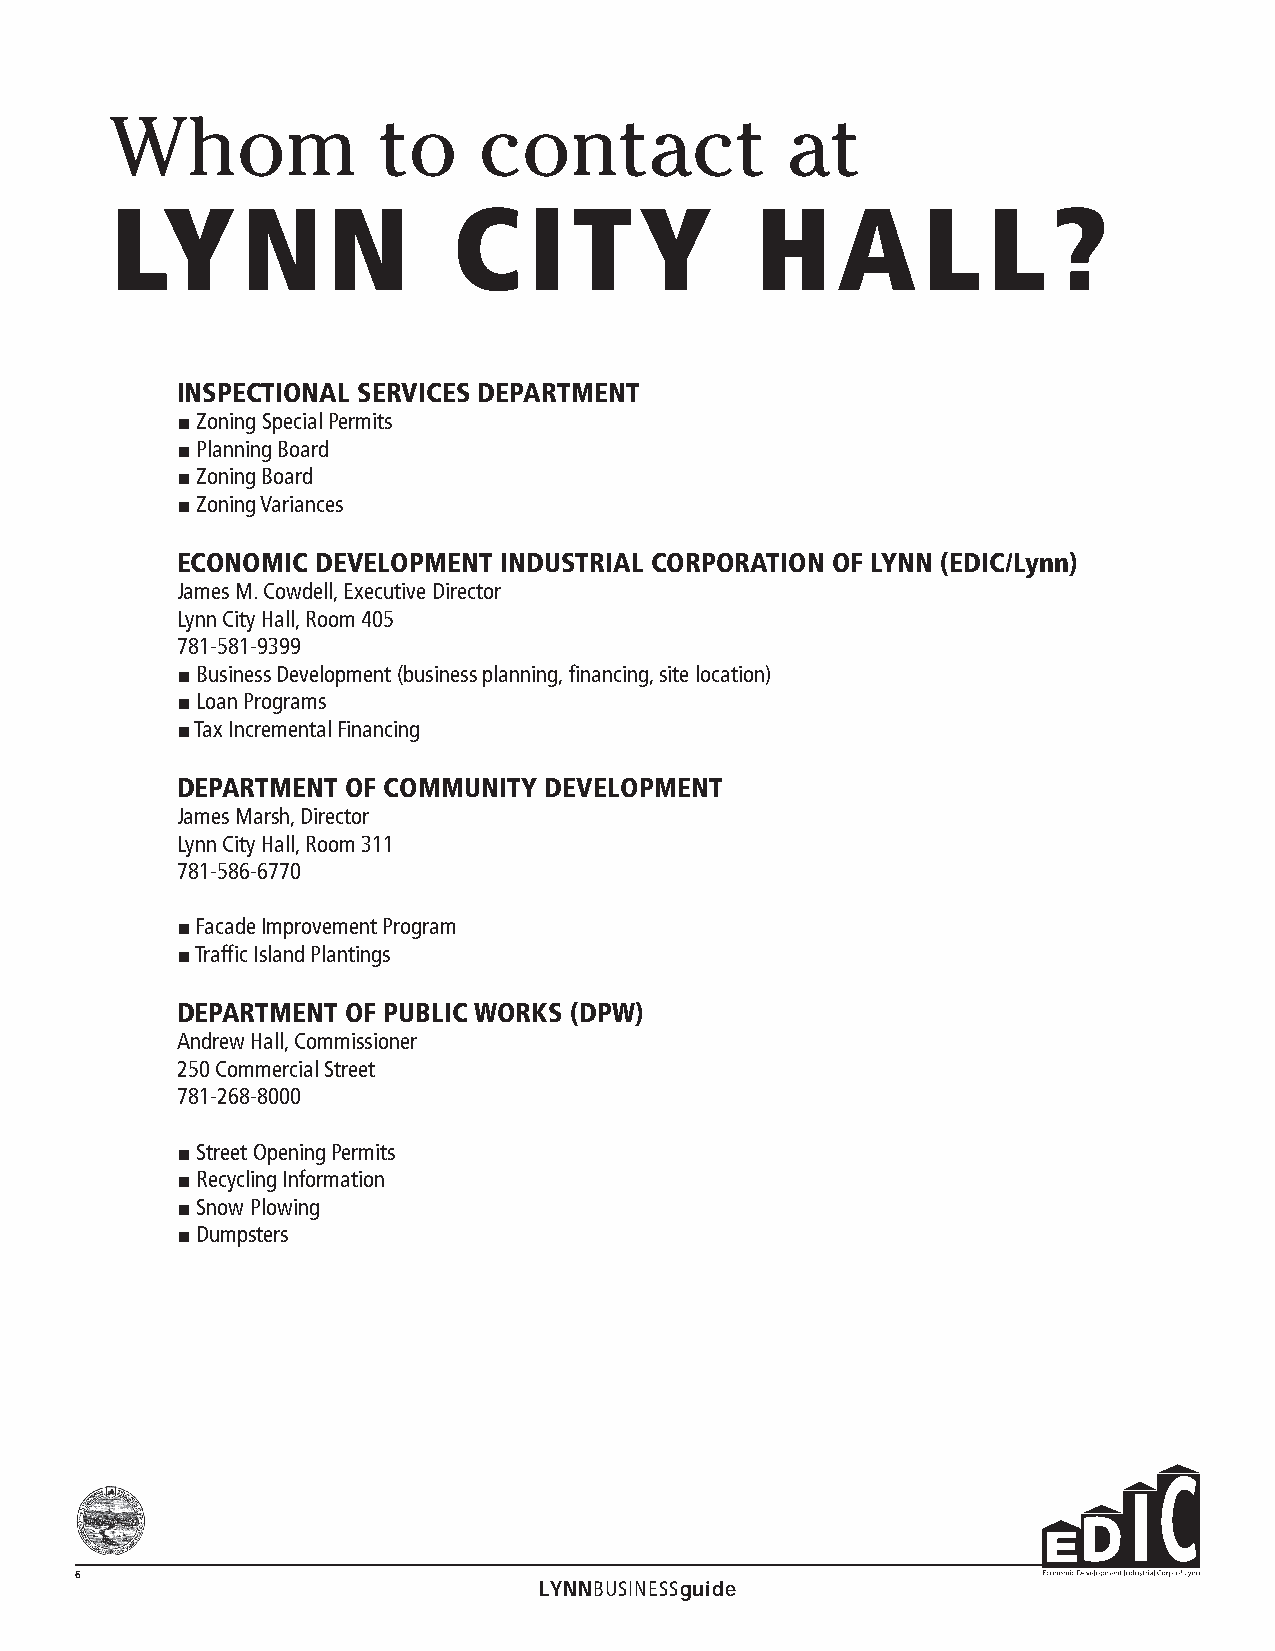
Whom              to     contact             at
 LY       N     N       C    I  T   Y       H    A     L   L    ?
 INSPECTIONAL SERVICES DEPARTMENT
 ■ Zoning Special Permits
 ■ Planning Board
 ■ Zoning Board
 ■ Zoning Variances
 ECONOMIC DEVELOPMENT INDUSTRIAL CORPORATION OF LYNN (EDIC/Lynn)
 James M. Cowdell, Executive Director
 Lynn City Hall, Room 405
 781-581-9399
 ■ Business Development (business planning, financing, site location)
 ■ Loan Programs
 ■ Tax Incremental Financing
 DEPARTMENT OF COMMUNITY DEVELOPMENT
 James Marsh, Director
 Lynn City Hall, Room 311
 781-586-6770
 ■ Facade Improvement Program
 ■ Traffic Island Plantings
 DEPARTMENT OF PUBLIC WORKS (DPW)
 Andrew Hall, Commissioner
 250 Commercial Street
 781-268-8000
 ■ Street Opening Permits
 ■ Recycling Information
 ■ Snow Plowing
 ■ Dumpsters
 6
 LYNNBUSINESSguide